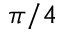
\pi / 4